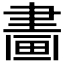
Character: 𤲿